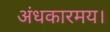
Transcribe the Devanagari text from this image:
अंधकारमय।